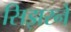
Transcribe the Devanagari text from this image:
सिझरने